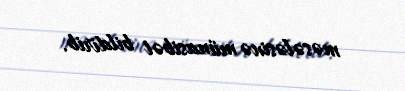
məsələsinə münasibət bildirib.